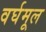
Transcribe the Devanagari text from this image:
वर्घमूल